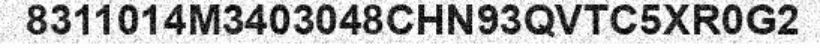
8311014M3403048CHN93QVTC5XR0G2